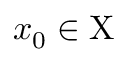
x _ { 0 } \in \mathrm { X }